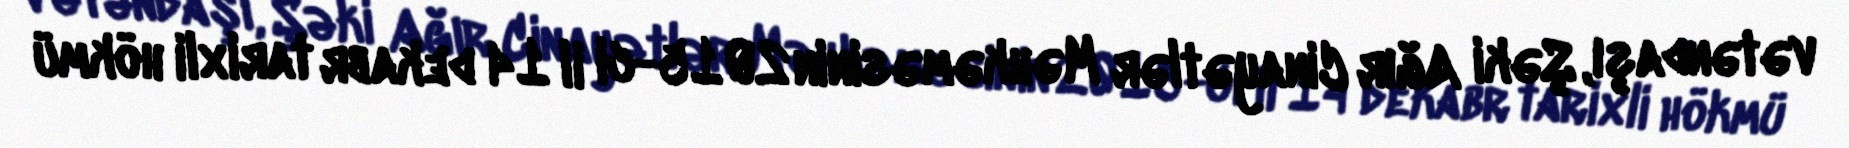
vətəndaşı, Şəki Ağır Cinayətlər Məhkəməsinin 2015-ci il 14 dekabr tarixli hökmü